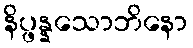
နိပ္ဖန္နသောဘိနော